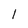
Character: l